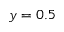
y = 0 . 5